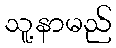
သူ့နာမည်